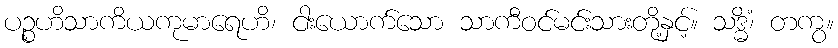
ပဉ္စဟိသာကိယကုမာရေဟိ၊ ငါးယောက်သော သာကီဝင်မင်းသားတို့နှင့်။ သဒ္ဓိံ၊ တကွ။